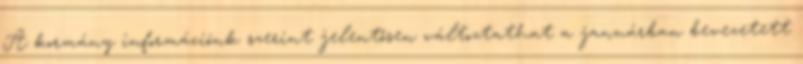
A kormány információnk szerint jelentősen változtathat a januárban bevezetett